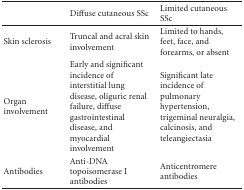
<table><thead><tr><td></td><td><b>Diffuse cutaneous SSc</b></td><td><b>Limited cutaneous SSc</b></td></tr></thead><tbody><tr><td>Skin sclerosis</td><td>Truncal and acral skin involvement</td><td>Limited to hands, feet, face, and forearms, or absent</td></tr><tr><td>Organ involvement</td><td>Early and significant incidence of interstitial lung disease, oliguric renal failure, diffuse gastrointestinal disease, and myocardial involvement</td><td>Significant late incidence of pulmonary hypertension, trigeminal neuralgia, calcinosis, and teleangiectasia</td></tr><tr><td>Antibodies</td><td>Anti-DNA topoisomerase I antibodies</td><td>Anticentromere antibodies</td></tr></tbody></table>